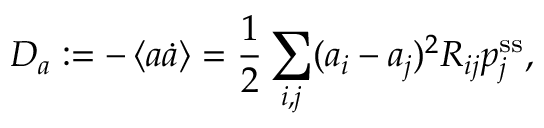
D _ { a } : = - \left\langle a \dot { a } \right\rangle = \frac 1 2 \sum _ { i , j } ( a _ { i } - a _ { j } ) ^ { 2 } R _ { i j } p _ { j } ^ { \mathrm { s s } } ,